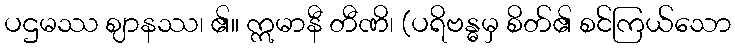
ပဌမဿ ဈာနဿ၊ ၏။ ဣမာနီ တီဏိ၊ (ပရိဗန္ဓမှ စိတ်၏ စင်ကြယ်သော